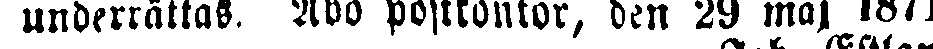
underrättas, Abo postkontor, den 29 maj 1871.